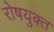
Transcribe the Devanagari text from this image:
रोषयुक्त